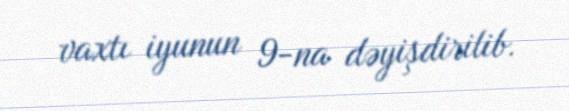
vaxtı iyunun 9-na dəyişdirilib.